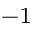
^ { - 1 }